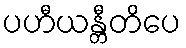
ပဟီယန္တီတိပေ